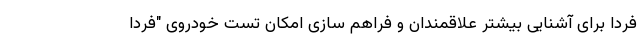
فردا برای آشنایی بیشتر علاقمندان و فراهم سازی امکان تست خودروی "فردا